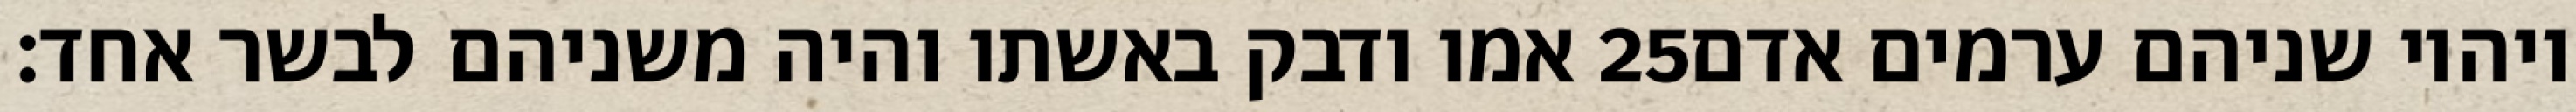
אמו ודבק באשתו והיה משניהם לבשר אחד׃ ‎25‏ ויהיו שניהם ערמים אדם